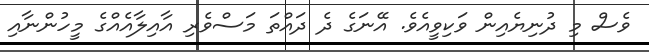
ވެސް މި ދުނިޔެއިން ވަކިވީއެވެ. އޭނަގެ ދެ ދައްތަ މަސްވެރި އާއިލާއެއްގެ މީހުންނާއި